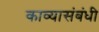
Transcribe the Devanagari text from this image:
काव्यासंबंधी